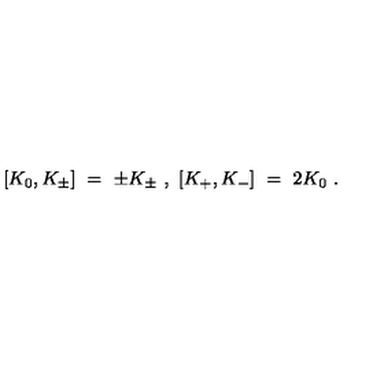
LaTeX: [ K _ { 0 } , K _ { \pm } ] \ = \ \pm K _ { \pm } \ , \ [ K _ { + } , K _ { - } ] \ = \ 2 K _ { 0 } \ .